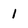
Character: 1